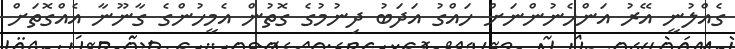
ގެއްލުނީ އޭރު އަންހެނުންނަށް ހައްގު އަދަބު ދިނުމުގެ ގޮތުން އެމީހުންގެ ގާނޫނާ އެއްގޮތަށް